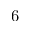
6